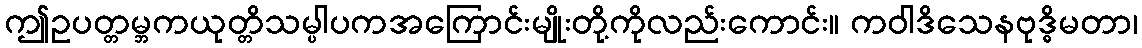
ဤဥပတ္တမ္ဘကယုတ္တိသမ္ပါပကအကြောင်းမျိုးတို့ကိုလည်းကောင်း။ ကဝါဒိသေနဗုဒ္ဓိမတာ၊